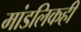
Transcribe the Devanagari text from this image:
मांडलिकही